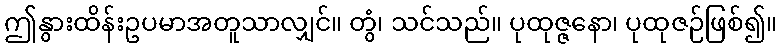
ဤနွားထိန်းဥပမာအတူသာလျှင်။ တွံ၊ သင်သည်။ ပုထုဇ္ဇနော၊ ပုထုဇဉ်ဖြစ်၍။